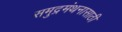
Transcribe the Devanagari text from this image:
समुद्रमंथनासाठी